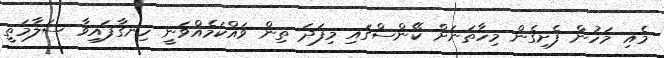
މެއި މަހުން ފެށިގެން މިހާތަނަށް ކޭންސްގައި މިފަދަ ތިން ވައްކަމެއްވަނީ ހިނގާފައިވާ ސަލާމަތީ